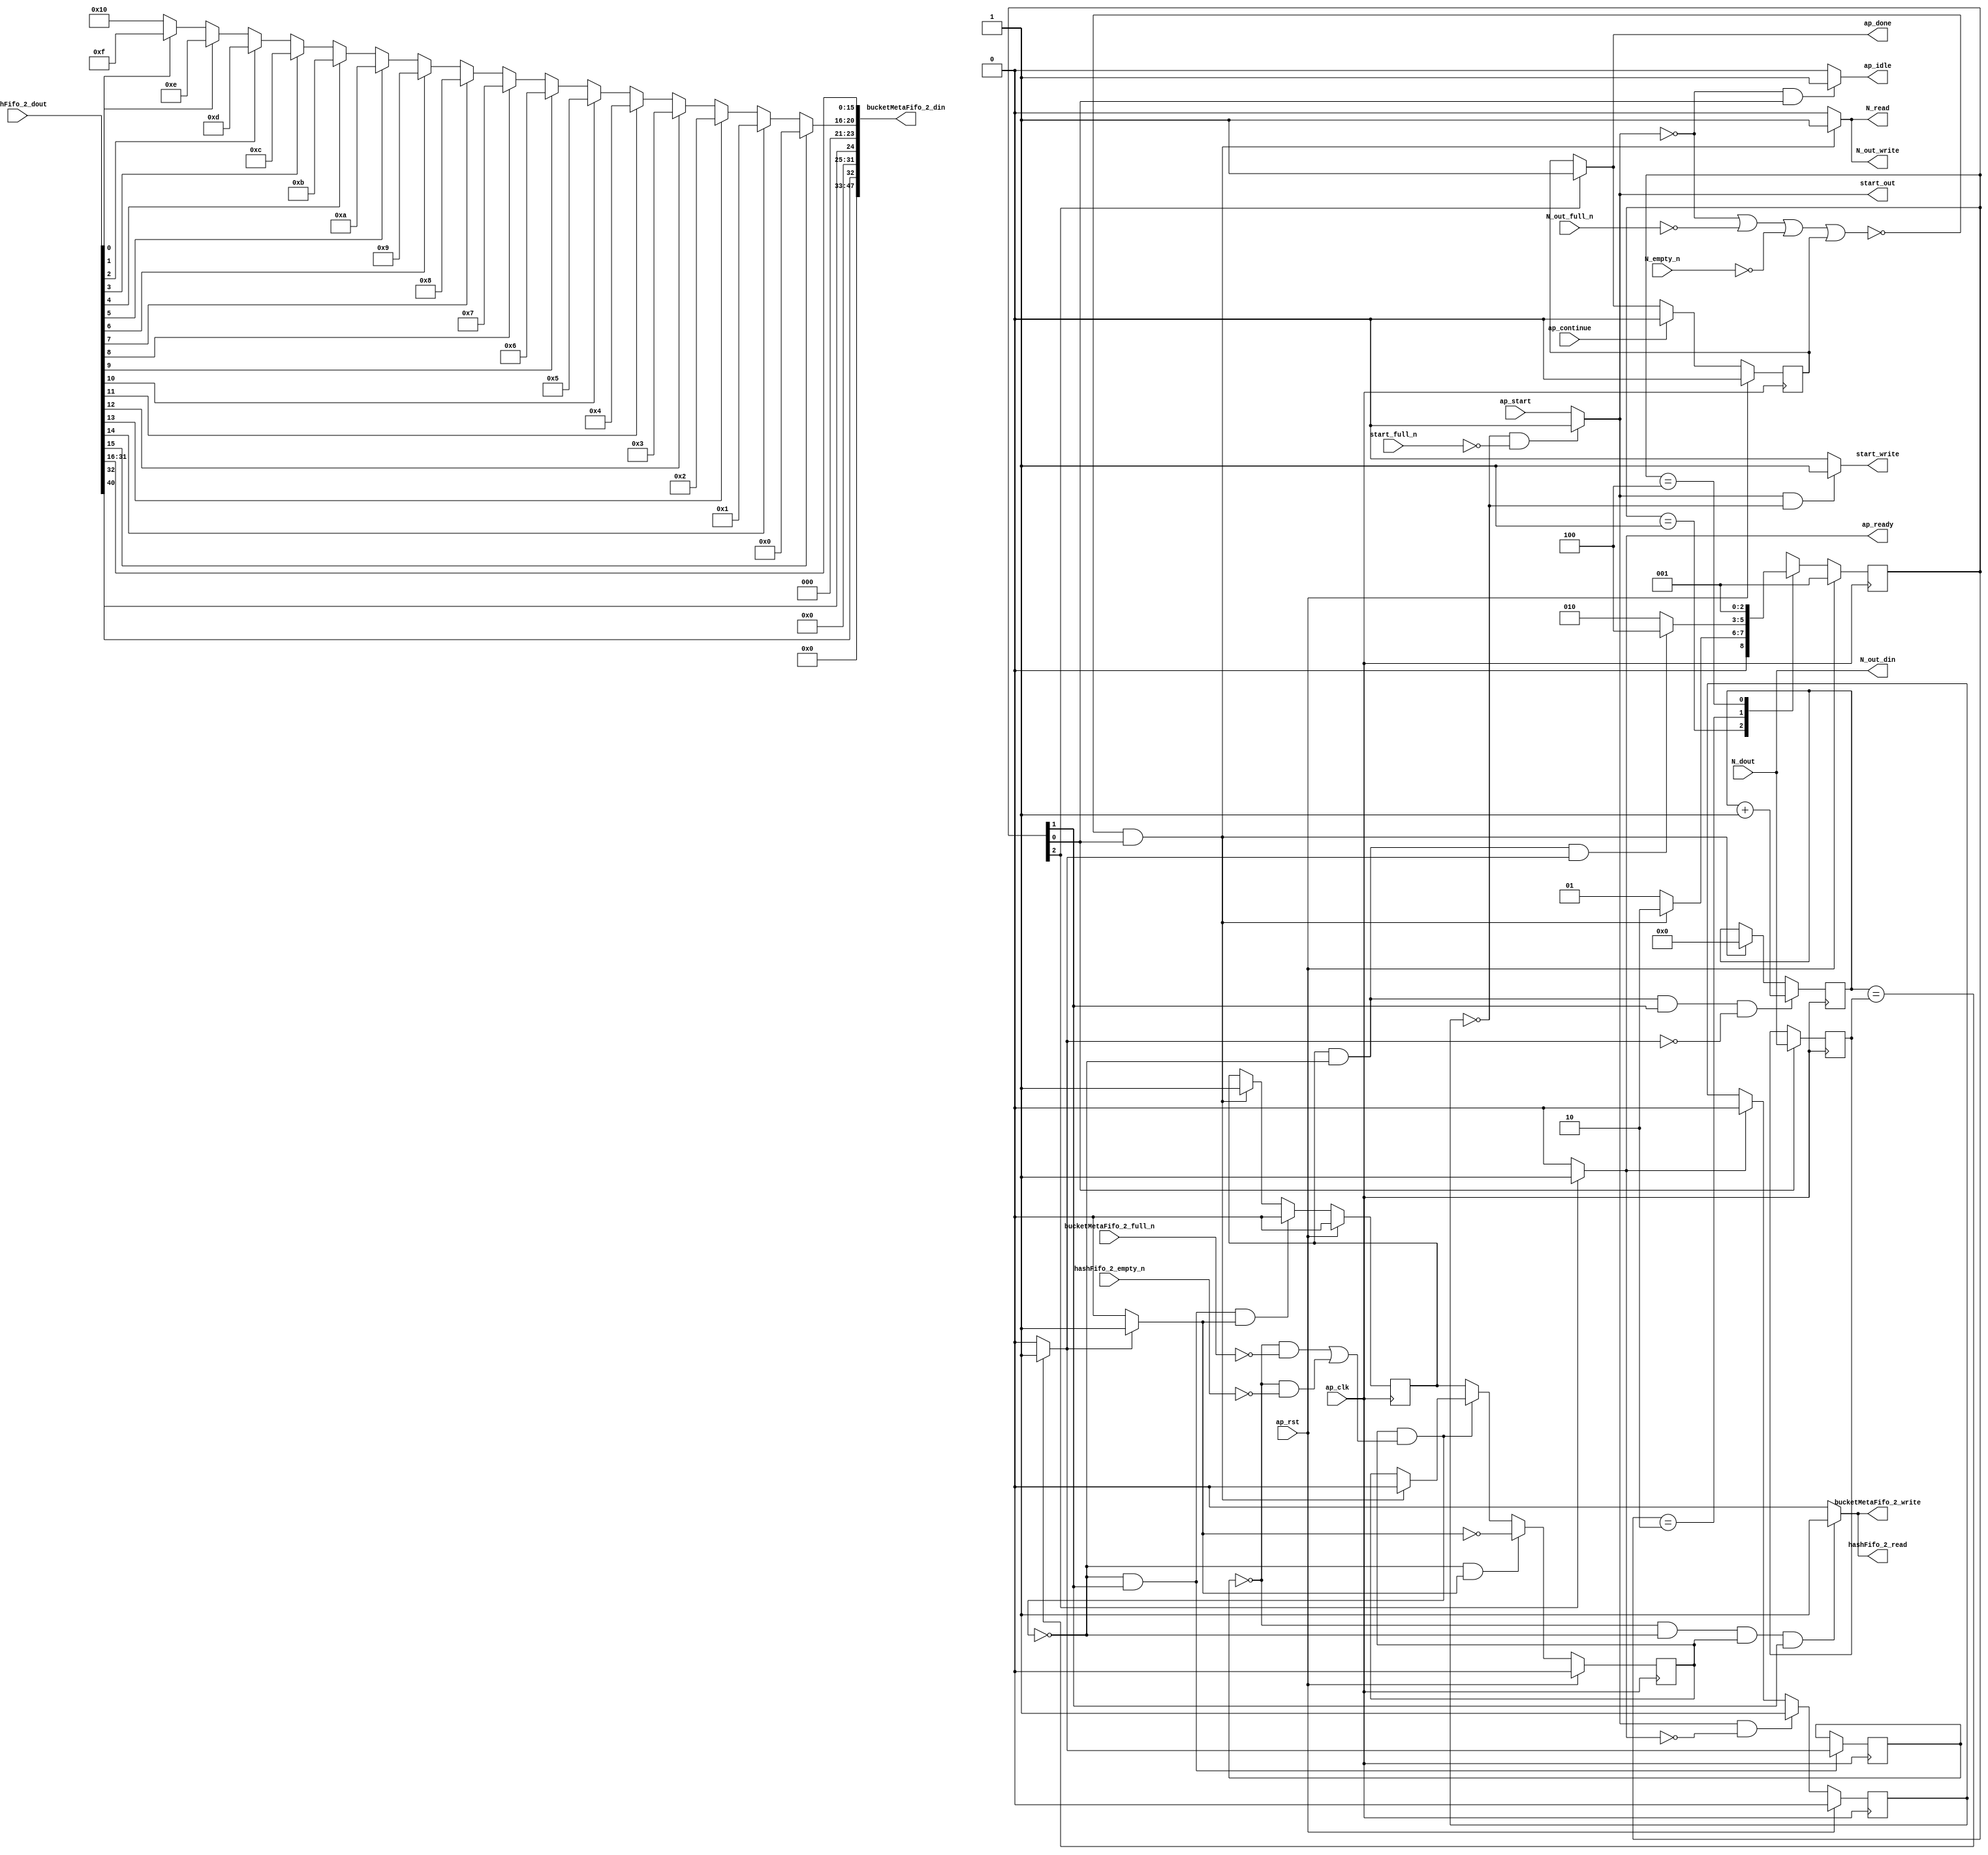
// ==============================================================
// RTL generated by Vitis HLS - High-Level Synthesis from C, C++ and OpenCL v2020.2 (64-bit)
// Version: 2020.2
// Copyright (C) Copyright 1986-2020 Xilinx, Inc. All Rights Reserved.
// 
// ===========================================================

`timescale 1 ns / 1 ps 

module hyperloglog_top_bz_detector_7_s (
        ap_clk,
        ap_rst,
        ap_start,
        start_full_n,
        ap_done,
        ap_continue,
        ap_idle,
        ap_ready,
        start_out,
        start_write,
        N_dout,
        N_empty_n,
        N_read,
        N_out_din,
        N_out_full_n,
        N_out_write,
        hashFifo_2_dout,
        hashFifo_2_empty_n,
        hashFifo_2_read,
        bucketMetaFifo_2_din,
        bucketMetaFifo_2_full_n,
        bucketMetaFifo_2_write
);

parameter    ap_ST_fsm_state1 = 3'd1;
parameter    ap_ST_fsm_pp0_stage0 = 3'd2;
parameter    ap_ST_fsm_state4 = 3'd4;

input   ap_clk;
input   ap_rst;
input   ap_start;
input   start_full_n;
output   ap_done;
input   ap_continue;
output   ap_idle;
output   ap_ready;
output   start_out;
output   start_write;
input  [63:0] N_dout;
input   N_empty_n;
output   N_read;
output  [63:0] N_out_din;
input   N_out_full_n;
output   N_out_write;
input  [63:0] hashFifo_2_dout;
input   hashFifo_2_empty_n;
output   hashFifo_2_read;
output  [47:0] bucketMetaFifo_2_din;
input   bucketMetaFifo_2_full_n;
output   bucketMetaFifo_2_write;

reg ap_done;
reg ap_idle;
reg start_write;
reg N_read;
reg N_out_write;
reg hashFifo_2_read;
reg bucketMetaFifo_2_write;

reg    real_start;
reg    start_once_reg;
reg    ap_done_reg;
(* fsm_encoding = "none" *) reg   [2:0] ap_CS_fsm;
wire    ap_CS_fsm_state1;
reg    internal_ap_ready;
reg    N_blk_n;
reg    N_out_blk_n;
reg    hashFifo_2_blk_n;
wire    ap_CS_fsm_pp0_stage0;
reg    ap_enable_reg_pp0_iter1;
wire    ap_block_pp0_stage0;
reg   [0:0] icmp_ln39_reg_208;
reg    bucketMetaFifo_2_blk_n;
reg   [63:0] i_reg_101;
reg   [63:0] N_read_reg_198;
wire   [63:0] i_36_fu_112_p2;
reg    ap_enable_reg_pp0_iter0;
wire    ap_block_state2_pp0_stage0_iter0;
reg    ap_block_state3_pp0_stage0_iter1;
reg    ap_block_pp0_stage0_11001;
wire   [0:0] icmp_ln39_fu_118_p2;
reg    ap_block_state1;
reg    ap_block_pp0_stage0_subdone;
reg    ap_condition_pp0_exit_iter0_state2;
reg    ap_block_pp0_stage0_01001;
reg   [15:0] p_Result_s_fu_141_p4;
wire   [31:0] p_Result_6_fu_151_p3;
reg   [31:0] op_assign_fu_159_p3;
wire   [0:0] tmp_fu_123_p3;
wire   [0:0] tmp_8_fu_171_p3;
wire   [4:0] trunc_ln174_fu_167_p1;
wire   [15:0] trunc_ln_fu_131_p4;
wire    ap_CS_fsm_state4;
reg   [2:0] ap_NS_fsm;
reg    ap_idle_pp0;
wire    ap_enable_pp0;
wire    ap_ce_reg;

// power-on initialization
initial begin
#0 start_once_reg = 1'b0;
#0 ap_done_reg = 1'b0;
#0 ap_CS_fsm = 3'd1;
#0 ap_enable_reg_pp0_iter1 = 1'b0;
#0 ap_enable_reg_pp0_iter0 = 1'b0;
end

always @ (posedge ap_clk) begin
    if (ap_rst == 1'b1) begin
        ap_CS_fsm <= ap_ST_fsm_state1;
    end else begin
        ap_CS_fsm <= ap_NS_fsm;
    end
end

always @ (posedge ap_clk) begin
    if (ap_rst == 1'b1) begin
        ap_done_reg <= 1'b0;
    end else begin
        if ((ap_continue == 1'b1)) begin
            ap_done_reg <= 1'b0;
        end else if ((1'b1 == ap_CS_fsm_state4)) begin
            ap_done_reg <= 1'b1;
        end
    end
end

always @ (posedge ap_clk) begin
    if (ap_rst == 1'b1) begin
        ap_enable_reg_pp0_iter0 <= 1'b0;
    end else begin
        if (((1'b0 == ap_block_pp0_stage0_subdone) & (1'b1 == ap_CS_fsm_pp0_stage0) & (1'b1 == ap_condition_pp0_exit_iter0_state2))) begin
            ap_enable_reg_pp0_iter0 <= 1'b0;
        end else if ((~((real_start == 1'b0) | (1'b0 == N_out_full_n) | (1'b0 == N_empty_n) | (ap_done_reg == 1'b1)) & (1'b1 == ap_CS_fsm_state1))) begin
            ap_enable_reg_pp0_iter0 <= 1'b1;
        end
    end
end

always @ (posedge ap_clk) begin
    if (ap_rst == 1'b1) begin
        ap_enable_reg_pp0_iter1 <= 1'b0;
    end else begin
        if (((1'b0 == ap_block_pp0_stage0_subdone) & (1'b1 == ap_condition_pp0_exit_iter0_state2))) begin
            ap_enable_reg_pp0_iter1 <= (1'b1 ^ ap_condition_pp0_exit_iter0_state2);
        end else if ((1'b0 == ap_block_pp0_stage0_subdone)) begin
            ap_enable_reg_pp0_iter1 <= ap_enable_reg_pp0_iter0;
        end else if ((~((real_start == 1'b0) | (1'b0 == N_out_full_n) | (1'b0 == N_empty_n) | (ap_done_reg == 1'b1)) & (1'b1 == ap_CS_fsm_state1))) begin
            ap_enable_reg_pp0_iter1 <= 1'b0;
        end
    end
end

always @ (posedge ap_clk) begin
    if (ap_rst == 1'b1) begin
        start_once_reg <= 1'b0;
    end else begin
        if (((real_start == 1'b1) & (internal_ap_ready == 1'b0))) begin
            start_once_reg <= 1'b1;
        end else if ((internal_ap_ready == 1'b1)) begin
            start_once_reg <= 1'b0;
        end
    end
end

always @ (posedge ap_clk) begin
    if (((ap_enable_reg_pp0_iter0 == 1'b1) & (1'b0 == ap_block_pp0_stage0_11001) & (1'b1 == ap_CS_fsm_pp0_stage0) & (icmp_ln39_fu_118_p2 == 1'd0))) begin
        i_reg_101 <= i_36_fu_112_p2;
    end else if ((~((real_start == 1'b0) | (1'b0 == N_out_full_n) | (1'b0 == N_empty_n) | (ap_done_reg == 1'b1)) & (1'b1 == ap_CS_fsm_state1))) begin
        i_reg_101 <= 64'd0;
    end
end

always @ (posedge ap_clk) begin
    if ((1'b1 == ap_CS_fsm_state1)) begin
        N_read_reg_198 <= N_dout;
    end
end

always @ (posedge ap_clk) begin
    if (((1'b0 == ap_block_pp0_stage0_11001) & (1'b1 == ap_CS_fsm_pp0_stage0))) begin
        icmp_ln39_reg_208 <= icmp_ln39_fu_118_p2;
    end
end

always @ (*) begin
    if ((~((real_start == 1'b0) | (ap_done_reg == 1'b1)) & (1'b1 == ap_CS_fsm_state1))) begin
        N_blk_n = N_empty_n;
    end else begin
        N_blk_n = 1'b1;
    end
end

always @ (*) begin
    if ((~((real_start == 1'b0) | (ap_done_reg == 1'b1)) & (1'b1 == ap_CS_fsm_state1))) begin
        N_out_blk_n = N_out_full_n;
    end else begin
        N_out_blk_n = 1'b1;
    end
end

always @ (*) begin
    if ((~((real_start == 1'b0) | (1'b0 == N_out_full_n) | (1'b0 == N_empty_n) | (ap_done_reg == 1'b1)) & (1'b1 == ap_CS_fsm_state1))) begin
        N_out_write = 1'b1;
    end else begin
        N_out_write = 1'b0;
    end
end

always @ (*) begin
    if ((~((real_start == 1'b0) | (1'b0 == N_out_full_n) | (1'b0 == N_empty_n) | (ap_done_reg == 1'b1)) & (1'b1 == ap_CS_fsm_state1))) begin
        N_read = 1'b1;
    end else begin
        N_read = 1'b0;
    end
end

always @ (*) begin
    if ((icmp_ln39_fu_118_p2 == 1'd1)) begin
        ap_condition_pp0_exit_iter0_state2 = 1'b1;
    end else begin
        ap_condition_pp0_exit_iter0_state2 = 1'b0;
    end
end

always @ (*) begin
    if ((1'b1 == ap_CS_fsm_state4)) begin
        ap_done = 1'b1;
    end else begin
        ap_done = ap_done_reg;
    end
end

always @ (*) begin
    if (((real_start == 1'b0) & (1'b1 == ap_CS_fsm_state1))) begin
        ap_idle = 1'b1;
    end else begin
        ap_idle = 1'b0;
    end
end

always @ (*) begin
    if (((ap_enable_reg_pp0_iter0 == 1'b0) & (ap_enable_reg_pp0_iter1 == 1'b0))) begin
        ap_idle_pp0 = 1'b1;
    end else begin
        ap_idle_pp0 = 1'b0;
    end
end

always @ (*) begin
    if (((icmp_ln39_reg_208 == 1'd0) & (1'b0 == ap_block_pp0_stage0) & (ap_enable_reg_pp0_iter1 == 1'b1) & (1'b1 == ap_CS_fsm_pp0_stage0))) begin
        bucketMetaFifo_2_blk_n = bucketMetaFifo_2_full_n;
    end else begin
        bucketMetaFifo_2_blk_n = 1'b1;
    end
end

always @ (*) begin
    if (((icmp_ln39_reg_208 == 1'd0) & (1'b0 == ap_block_pp0_stage0_11001) & (ap_enable_reg_pp0_iter1 == 1'b1) & (1'b1 == ap_CS_fsm_pp0_stage0))) begin
        bucketMetaFifo_2_write = 1'b1;
    end else begin
        bucketMetaFifo_2_write = 1'b0;
    end
end

always @ (*) begin
    if (((icmp_ln39_reg_208 == 1'd0) & (1'b0 == ap_block_pp0_stage0) & (ap_enable_reg_pp0_iter1 == 1'b1) & (1'b1 == ap_CS_fsm_pp0_stage0))) begin
        hashFifo_2_blk_n = hashFifo_2_empty_n;
    end else begin
        hashFifo_2_blk_n = 1'b1;
    end
end

always @ (*) begin
    if (((icmp_ln39_reg_208 == 1'd0) & (1'b0 == ap_block_pp0_stage0_11001) & (ap_enable_reg_pp0_iter1 == 1'b1) & (1'b1 == ap_CS_fsm_pp0_stage0))) begin
        hashFifo_2_read = 1'b1;
    end else begin
        hashFifo_2_read = 1'b0;
    end
end

always @ (*) begin
    if ((1'b1 == ap_CS_fsm_state4)) begin
        internal_ap_ready = 1'b1;
    end else begin
        internal_ap_ready = 1'b0;
    end
end

always @ (*) begin
    if (((start_once_reg == 1'b0) & (start_full_n == 1'b0))) begin
        real_start = 1'b0;
    end else begin
        real_start = ap_start;
    end
end

always @ (*) begin
    if (((real_start == 1'b1) & (start_once_reg == 1'b0))) begin
        start_write = 1'b1;
    end else begin
        start_write = 1'b0;
    end
end

always @ (*) begin
    case (ap_CS_fsm)
        ap_ST_fsm_state1 : begin
            if ((~((real_start == 1'b0) | (1'b0 == N_out_full_n) | (1'b0 == N_empty_n) | (ap_done_reg == 1'b1)) & (1'b1 == ap_CS_fsm_state1))) begin
                ap_NS_fsm = ap_ST_fsm_pp0_stage0;
            end else begin
                ap_NS_fsm = ap_ST_fsm_state1;
            end
        end
        ap_ST_fsm_pp0_stage0 : begin
            if (~((ap_enable_reg_pp0_iter0 == 1'b1) & (1'b0 == ap_block_pp0_stage0_subdone) & (icmp_ln39_fu_118_p2 == 1'd1))) begin
                ap_NS_fsm = ap_ST_fsm_pp0_stage0;
            end else if (((ap_enable_reg_pp0_iter0 == 1'b1) & (1'b0 == ap_block_pp0_stage0_subdone) & (icmp_ln39_fu_118_p2 == 1'd1))) begin
                ap_NS_fsm = ap_ST_fsm_state4;
            end else begin
                ap_NS_fsm = ap_ST_fsm_pp0_stage0;
            end
        end
        ap_ST_fsm_state4 : begin
            ap_NS_fsm = ap_ST_fsm_state1;
        end
        default : begin
            ap_NS_fsm = 'bx;
        end
    endcase
end

assign N_out_din = N_dout;

assign ap_CS_fsm_pp0_stage0 = ap_CS_fsm[32'd1];

assign ap_CS_fsm_state1 = ap_CS_fsm[32'd0];

assign ap_CS_fsm_state4 = ap_CS_fsm[32'd2];

assign ap_block_pp0_stage0 = ~(1'b1 == 1'b1);

always @ (*) begin
    ap_block_pp0_stage0_01001 = ((ap_enable_reg_pp0_iter1 == 1'b1) & (((icmp_ln39_reg_208 == 1'd0) & (bucketMetaFifo_2_full_n == 1'b0)) | ((icmp_ln39_reg_208 == 1'd0) & (hashFifo_2_empty_n == 1'b0))));
end

always @ (*) begin
    ap_block_pp0_stage0_11001 = ((ap_enable_reg_pp0_iter1 == 1'b1) & (((icmp_ln39_reg_208 == 1'd0) & (bucketMetaFifo_2_full_n == 1'b0)) | ((icmp_ln39_reg_208 == 1'd0) & (hashFifo_2_empty_n == 1'b0))));
end

always @ (*) begin
    ap_block_pp0_stage0_subdone = ((ap_enable_reg_pp0_iter1 == 1'b1) & (((icmp_ln39_reg_208 == 1'd0) & (bucketMetaFifo_2_full_n == 1'b0)) | ((icmp_ln39_reg_208 == 1'd0) & (hashFifo_2_empty_n == 1'b0))));
end

always @ (*) begin
    ap_block_state1 = ((real_start == 1'b0) | (1'b0 == N_out_full_n) | (1'b0 == N_empty_n) | (ap_done_reg == 1'b1));
end

assign ap_block_state2_pp0_stage0_iter0 = ~(1'b1 == 1'b1);

always @ (*) begin
    ap_block_state3_pp0_stage0_iter1 = (((icmp_ln39_reg_208 == 1'd0) & (bucketMetaFifo_2_full_n == 1'b0)) | ((icmp_ln39_reg_208 == 1'd0) & (hashFifo_2_empty_n == 1'b0)));
end

assign ap_enable_pp0 = (ap_idle_pp0 ^ 1'b1);

assign ap_ready = internal_ap_ready;

assign bucketMetaFifo_2_din = {{{{{{{{{{{{15'd0}, {tmp_fu_123_p3}}}, {7'd0}}}, {tmp_8_fu_171_p3}}}, {3'd0}}}, {trunc_ln174_fu_167_p1}}}, {trunc_ln_fu_131_p4}};

assign i_36_fu_112_p2 = (i_reg_101 + 64'd1);

assign icmp_ln39_fu_118_p2 = ((i_reg_101 == N_read_reg_198) ? 1'b1 : 1'b0);


always @ (p_Result_6_fu_151_p3) begin
    if (p_Result_6_fu_151_p3[0] == 1'b1) begin
        op_assign_fu_159_p3 = 32'd0;
    end else if (p_Result_6_fu_151_p3[1] == 1'b1) begin
        op_assign_fu_159_p3 = 32'd1;
    end else if (p_Result_6_fu_151_p3[2] == 1'b1) begin
        op_assign_fu_159_p3 = 32'd2;
    end else if (p_Result_6_fu_151_p3[3] == 1'b1) begin
        op_assign_fu_159_p3 = 32'd3;
    end else if (p_Result_6_fu_151_p3[4] == 1'b1) begin
        op_assign_fu_159_p3 = 32'd4;
    end else if (p_Result_6_fu_151_p3[5] == 1'b1) begin
        op_assign_fu_159_p3 = 32'd5;
    end else if (p_Result_6_fu_151_p3[6] == 1'b1) begin
        op_assign_fu_159_p3 = 32'd6;
    end else if (p_Result_6_fu_151_p3[7] == 1'b1) begin
        op_assign_fu_159_p3 = 32'd7;
    end else if (p_Result_6_fu_151_p3[8] == 1'b1) begin
        op_assign_fu_159_p3 = 32'd8;
    end else if (p_Result_6_fu_151_p3[9] == 1'b1) begin
        op_assign_fu_159_p3 = 32'd9;
    end else if (p_Result_6_fu_151_p3[10] == 1'b1) begin
        op_assign_fu_159_p3 = 32'd10;
    end else if (p_Result_6_fu_151_p3[11] == 1'b1) begin
        op_assign_fu_159_p3 = 32'd11;
    end else if (p_Result_6_fu_151_p3[12] == 1'b1) begin
        op_assign_fu_159_p3 = 32'd12;
    end else if (p_Result_6_fu_151_p3[13] == 1'b1) begin
        op_assign_fu_159_p3 = 32'd13;
    end else if (p_Result_6_fu_151_p3[14] == 1'b1) begin
        op_assign_fu_159_p3 = 32'd14;
    end else if (p_Result_6_fu_151_p3[15] == 1'b1) begin
        op_assign_fu_159_p3 = 32'd15;
    end else if (p_Result_6_fu_151_p3[16] == 1'b1) begin
        op_assign_fu_159_p3 = 32'd16;
    end else if (p_Result_6_fu_151_p3[17] == 1'b1) begin
        op_assign_fu_159_p3 = 32'd17;
    end else if (p_Result_6_fu_151_p3[18] == 1'b1) begin
        op_assign_fu_159_p3 = 32'd18;
    end else if (p_Result_6_fu_151_p3[19] == 1'b1) begin
        op_assign_fu_159_p3 = 32'd19;
    end else if (p_Result_6_fu_151_p3[20] == 1'b1) begin
        op_assign_fu_159_p3 = 32'd20;
    end else if (p_Result_6_fu_151_p3[21] == 1'b1) begin
        op_assign_fu_159_p3 = 32'd21;
    end else if (p_Result_6_fu_151_p3[22] == 1'b1) begin
        op_assign_fu_159_p3 = 32'd22;
    end else if (p_Result_6_fu_151_p3[23] == 1'b1) begin
        op_assign_fu_159_p3 = 32'd23;
    end else if (p_Result_6_fu_151_p3[24] == 1'b1) begin
        op_assign_fu_159_p3 = 32'd24;
    end else if (p_Result_6_fu_151_p3[25] == 1'b1) begin
        op_assign_fu_159_p3 = 32'd25;
    end else if (p_Result_6_fu_151_p3[26] == 1'b1) begin
        op_assign_fu_159_p3 = 32'd26;
    end else if (p_Result_6_fu_151_p3[27] == 1'b1) begin
        op_assign_fu_159_p3 = 32'd27;
    end else if (p_Result_6_fu_151_p3[28] == 1'b1) begin
        op_assign_fu_159_p3 = 32'd28;
    end else if (p_Result_6_fu_151_p3[29] == 1'b1) begin
        op_assign_fu_159_p3 = 32'd29;
    end else if (p_Result_6_fu_151_p3[30] == 1'b1) begin
        op_assign_fu_159_p3 = 32'd30;
    end else if (p_Result_6_fu_151_p3[31] == 1'b1) begin
        op_assign_fu_159_p3 = 32'd31;
    end else begin
        op_assign_fu_159_p3 = 32'd32;
    end
end

assign p_Result_6_fu_151_p3 = {{16'd65535}, {p_Result_s_fu_141_p4}};

integer ap_tvar_int_0;

always @ (hashFifo_2_dout) begin
    for (ap_tvar_int_0 = 16 - 1; ap_tvar_int_0 >= 0; ap_tvar_int_0 = ap_tvar_int_0 - 1) begin
        if (ap_tvar_int_0 > 15 - 0) begin
            p_Result_s_fu_141_p4[ap_tvar_int_0] = 1'b0;
        end else begin
            p_Result_s_fu_141_p4[ap_tvar_int_0] = hashFifo_2_dout[15 - ap_tvar_int_0];
        end
    end
end

assign start_out = real_start;

assign tmp_8_fu_171_p3 = hashFifo_2_dout[32'd32];

assign tmp_fu_123_p3 = hashFifo_2_dout[32'd40];

assign trunc_ln174_fu_167_p1 = op_assign_fu_159_p3[4:0];

assign trunc_ln_fu_131_p4 = {{hashFifo_2_dout[31:16]}};

endmodule //hyperloglog_top_bz_detector_7_s